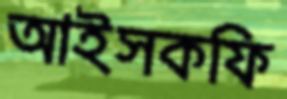
আইসকফি